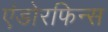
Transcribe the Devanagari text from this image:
एंडोरफिन्स